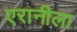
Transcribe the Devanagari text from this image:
एरानीला